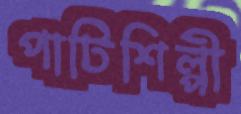
পাটিশিল্পী